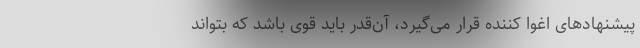
پیشنهادهای اغوا کننده قرار می‌گیرد، آن‌قدر باید قوی باشد که بتواند